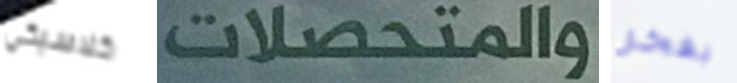
كلاسيكي والمتحصلات بفخر